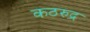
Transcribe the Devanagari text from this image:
कठरुद्र